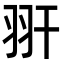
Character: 𦏹